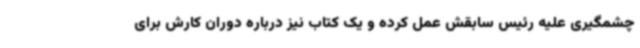
چشمگیری علیه رئیس سابقش عمل کرده و یک کتاب نیز درباره دوران کارش برای